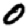
Digit: 0